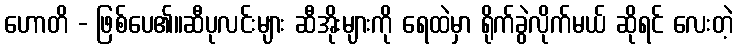
ဟောတိ - ဖြစ်ပေ၏။ဆီပုလင်းများ ဆီအိုးများကို ရေထဲမှာ ရိုက်ခွဲလိုက်မယ် ဆိုရင် လေးတဲ့